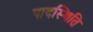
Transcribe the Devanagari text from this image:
पादस्थिति